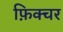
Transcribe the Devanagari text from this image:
फ़िक्चर